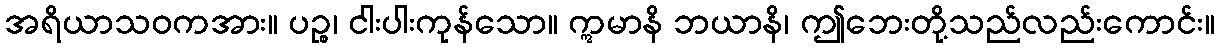
အရိယာသဝကအား။ ပဉ္စ၊ ငါးပါးကုန်သော။ ဣမာနိ ဘယာနိ၊ ဤဘေးတို့သည်လည်းကောင်း။